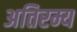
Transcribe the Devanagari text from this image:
अतिरम्य